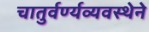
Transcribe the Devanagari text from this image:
चातुर्वर्ण्यव्यवस्थेने